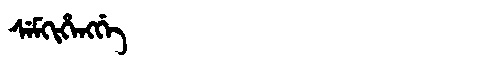
Manchu: ᠰᡝᠮᡴᡳᡥᡝᠩᡤᡝ
Romanization: SEMKIHENGGE